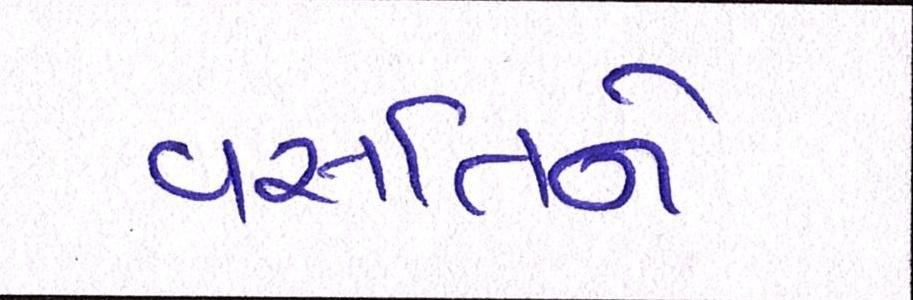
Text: વસતિને